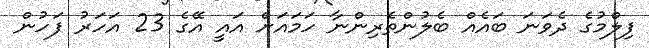
ފިލްމުގެ ދެވަނަ ބައެއް ބެލުންތެރިންނާ ހަމައަށް އައީ އޭގެ 23 އަހަރު ފަހުން